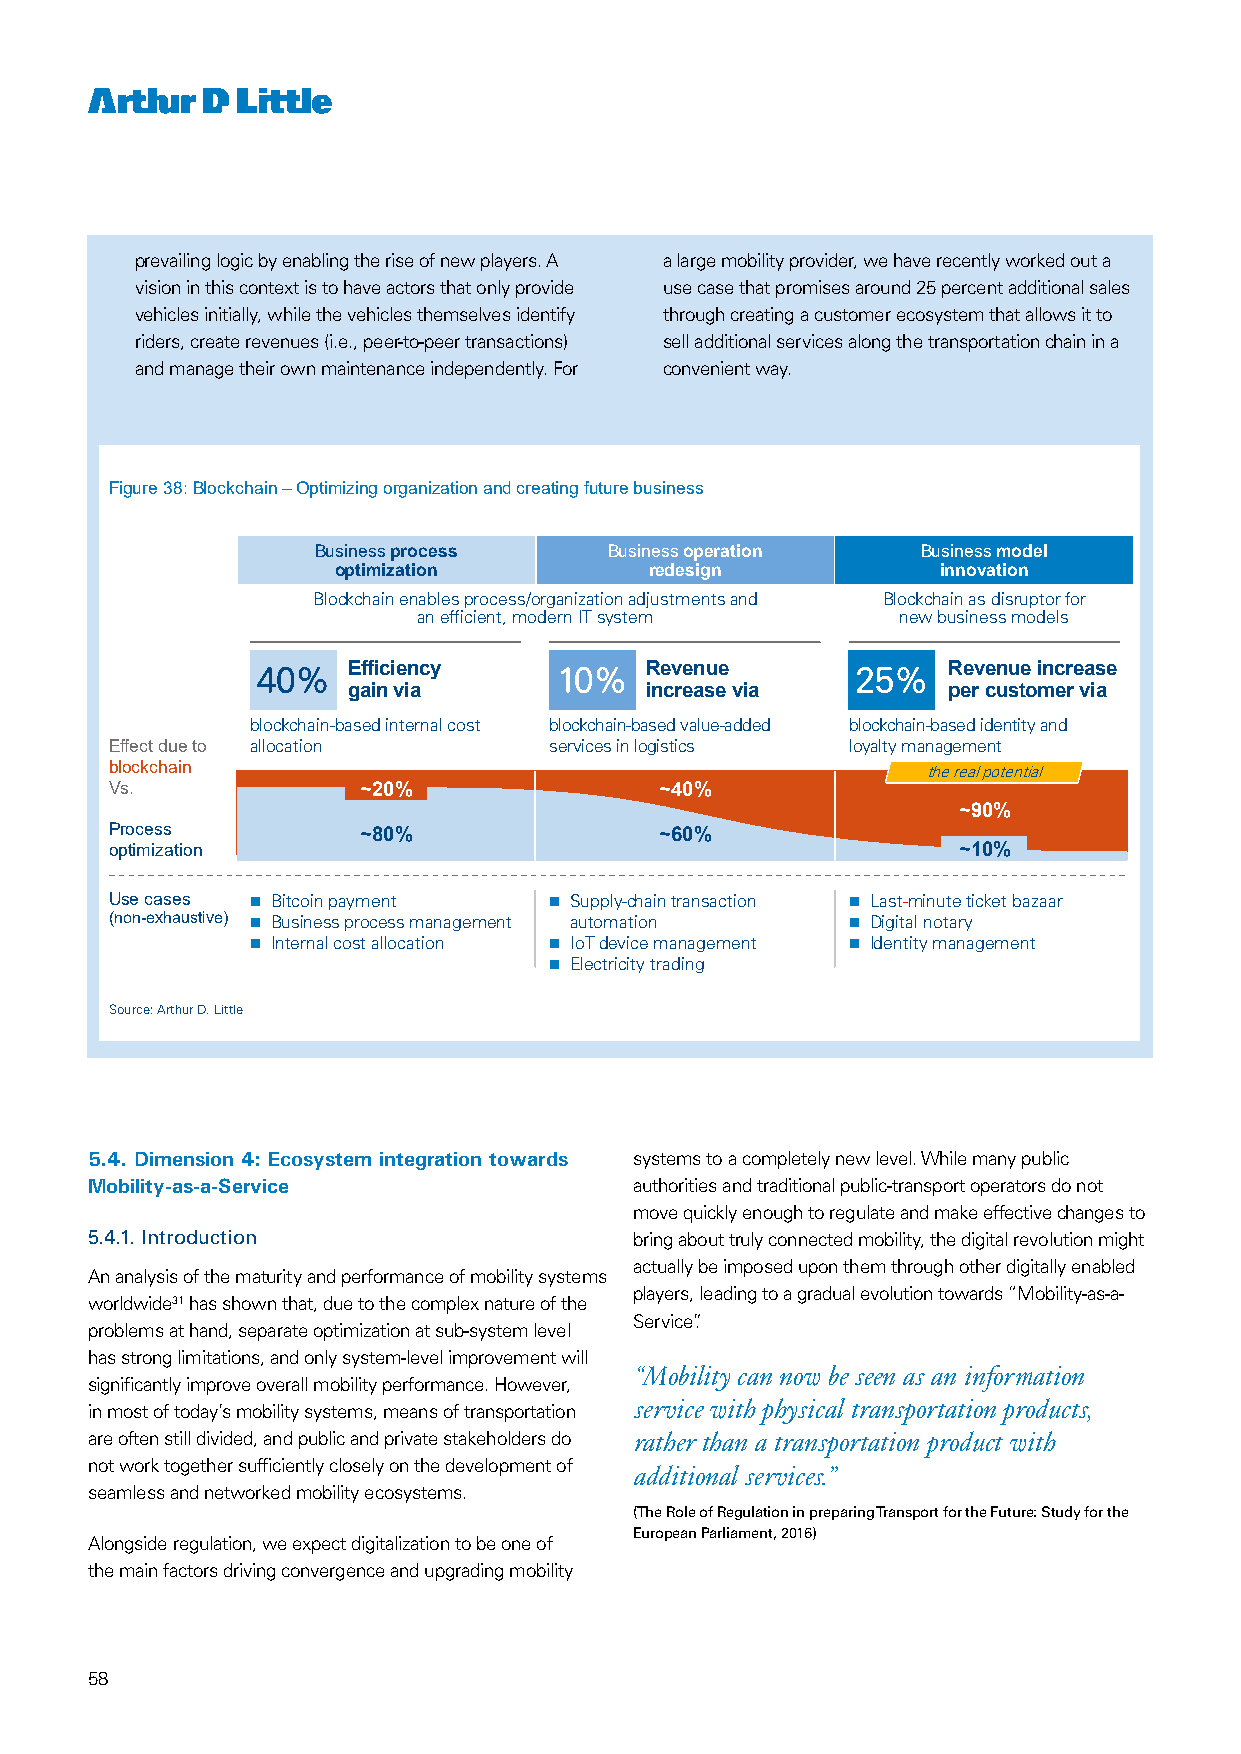
prevailing logic by enabling the rise of new players. A a large mobility provider, we have recently worked out a
 vision in this context is to have actors that only provide use case that promises around 25 percent additional sales
 vehicles initially, while the vehicles themselves identify through creating a customer ecosystem that allows it to
 riders, create revenues (i.e., peer-to-peer transactions) sell additional services along the transportation chain in a
 and manage their own maintenance independently. For convenient way.
 Figure 38: Blockchain–Optimizing organization and creating future business
 Business process   Business operation   Businessmodel
 optimization         redesign           innovation
 Blockchain enables process/organization adjustmentsand Blockchain as disruptorfor
 an efficient, modern ITsystem   new business models
 40%   Efficiency    10%   Revenue       25%   Revenue increase
 gain via            increase via        per customer via
 blockchain-based internal cost blockchain-based value-added blockchain-based identity and
 Effect due to allocation     services in logistics loyalty management
 blockchain                                            the real potential
 Vs.              ~20%                ~40%
 ~90%
 Process          ~80%                ~60%
 optimization                                            ~10%
 Use cases  Bitcoin payment   Supply-chain transaction  Last-minute ticket bazaar
 (non-exhaustive)  Business process management automation  Digital notary
  Internal cost allocation  IoTdevice management  Identity management
  Electricity trading
 Source: Arthur D. Little
 5.4. Dimension 4: Ecosystem integration towards systems to a completely new level. While many public
 Mobility-as-a-Service               authorities and traditional public-transport operators do not
 move quickly enough to regulate and make effective changes to
 39
 5.4.1. Introduction                 bring about truly connected mobility, the digital revolution might
 actually be imposed upon them through other digitally enabled
 An analysis of the maturity and performance of mobility systems
 players, leading to a gradual evolution towards “Mobility-as-a-
 worldwide31 has shown that, due to the complex nature of the
 Service”.
 problems at hand, separate optimization at sub-system level
 has strong limitations, and only system-level improvement will
 “Mobility can now be seen as an information
 significantly improve overall mobility performance. However,
 service with physical transportation products,
 in most of today’s mobility systems, means of transportation
 are often still divided, and public and private stakeholders do rather than a transportation product with
 not work together sufficiently closely on the development of additional services.”
 seamless and networked mobility ecosystems.
 (The Role of Regulation in preparing Transport for the Future: Study for the
 European Parliament, 2016)
 Alongside regulation, we expect digitalization to be one of
 the main factors driving convergence and upgrading mobility
 58